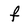
Character: f